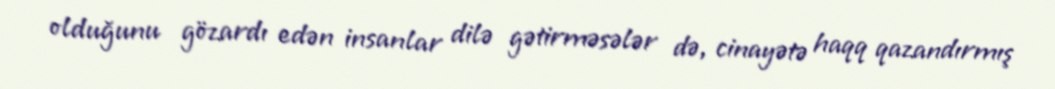
olduğunu gözardı edən insanlar dilə gətirməsələr də, cinayətə haqq qazandırmış